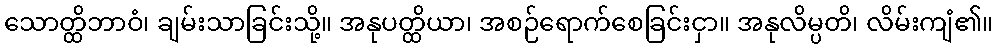
သောတ္ထိဘာဝံ၊ ချမ်းသာခြင်းသို့။ အနုပတ္ထိယာ၊ အစဉ်ရောက်စေခြင်းငှာ။ အနုလိမ္ပတိ၊ လိမ်းကျံ၏။